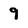
Character: 9